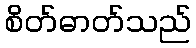
စိတ်ဓာတ်သည်